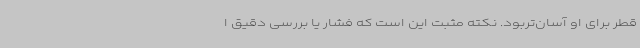
قطر برای او آسان‌تربود. نکته مثبت این است که فشار یا بررسی دقیق ا